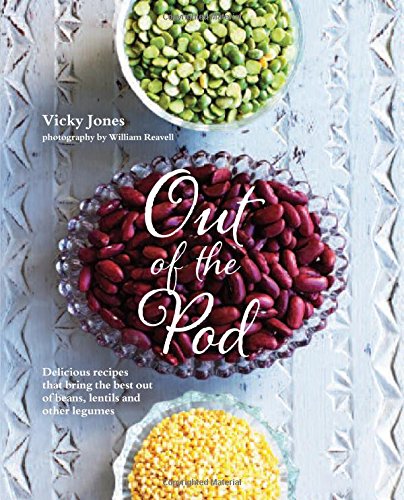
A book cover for Out of the Pod: Delicious Recipes That Bring the Best Out of Beans, Lentils and Other Legumes; Vicky Jones; Cookbooks, Food & Wine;